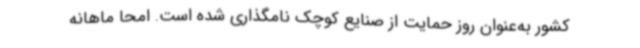
کشور به‌عنوان روز حمایت از صنایع کوچک نامگذاری شده است. امحا ماهانه